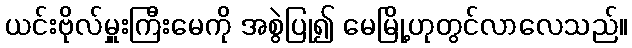
ယင်းဗိုလ်မှူးကြီးမေကို အစွဲပြု၍ မေမြို့ဟုတွင်လာလေသည်။